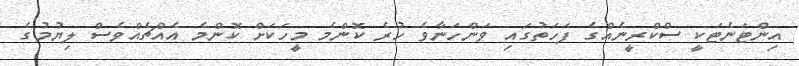
އިންޓަނެޓަކީ ސްކްރީނެއްގެ ފަހަތުގައި ވަންހަނާވެ ހުރެ ކޮންމެ މީހަކަށް ކޮންމެ އެއްޗެއްވެސް ލިޔުމުގެ